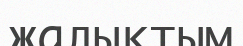
жалықтым